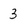
Character: 3